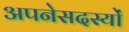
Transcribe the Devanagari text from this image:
अपनेसदस्यों